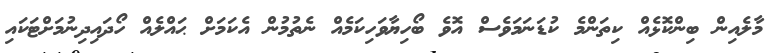
މާލެއިން ބިންކޮޅެއް ކިތަންމެ ކުޑަނަމަވެސް އޮވެ ބޯހިޔާވަހިކަމެއް ނެތުމުން އެކަމަށް ޙައްލެއް ހޯދައިދިނުމަށްޓަކައި